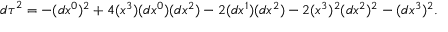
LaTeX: { d \tau } ^ { 2 } = - ( d x ^ { 0 } ) ^ { 2 } + 4 ( x ^ { 3 } ) ( d x ^ { 0 } ) ( d x ^ { 2 } ) - 2 ( d x ^ { 1 } ) ( d x ^ { 2 } ) - 2 ( x ^ { 3 } ) ^ { 2 } ( d x ^ { 2 } ) ^ { 2 } - ( d x ^ { 3 } ) ^ { 2 } .